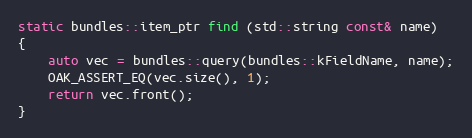
Language: C++
static bundles::item_ptr find (std::string const& name)
{
	auto vec = bundles::query(bundles::kFieldName, name);
	OAK_ASSERT_EQ(vec.size(), 1);
	return vec.front();
}